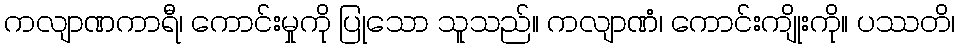
ကလျာဏကာရီ၊ ကောင်းမှုကို ပြုသော သူသည်။ ကလျာဏံ၊ ကောင်းကျိုးကို။ ပဿတိ၊